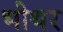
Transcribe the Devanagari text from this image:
भीथर